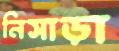
নিসাড়া